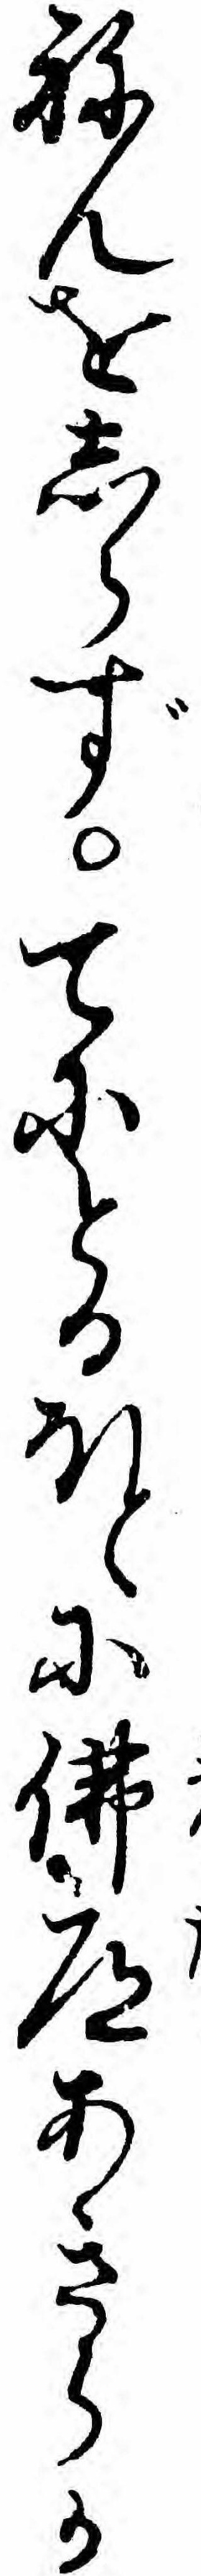
ねんをしらずてにとるほとに仏道あきらか